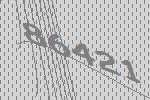
86421